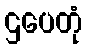
ဌပေတုံ